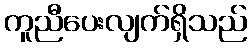
ကူညီပေးလျက်ရှိသည်